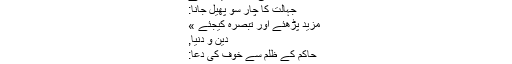
علم و عرفانْ
اسلامی کتب (اُردو)
حِکمتْ مومِنْ کی گُمشُدہ میراثْ ہے
جہالت کا چار سو پھیل جانا:
مزید پڑھئے اور تبصرہ کیجئے »
دین و دنیا,
حاکم کے ظلم سے خوف کی دعا:
دعااورعبادت,
میدان جنگ میں دعا کی اہمیت:
پلنگ کے بوسے !